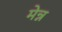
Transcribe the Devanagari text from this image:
मेन्न